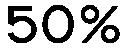
50%